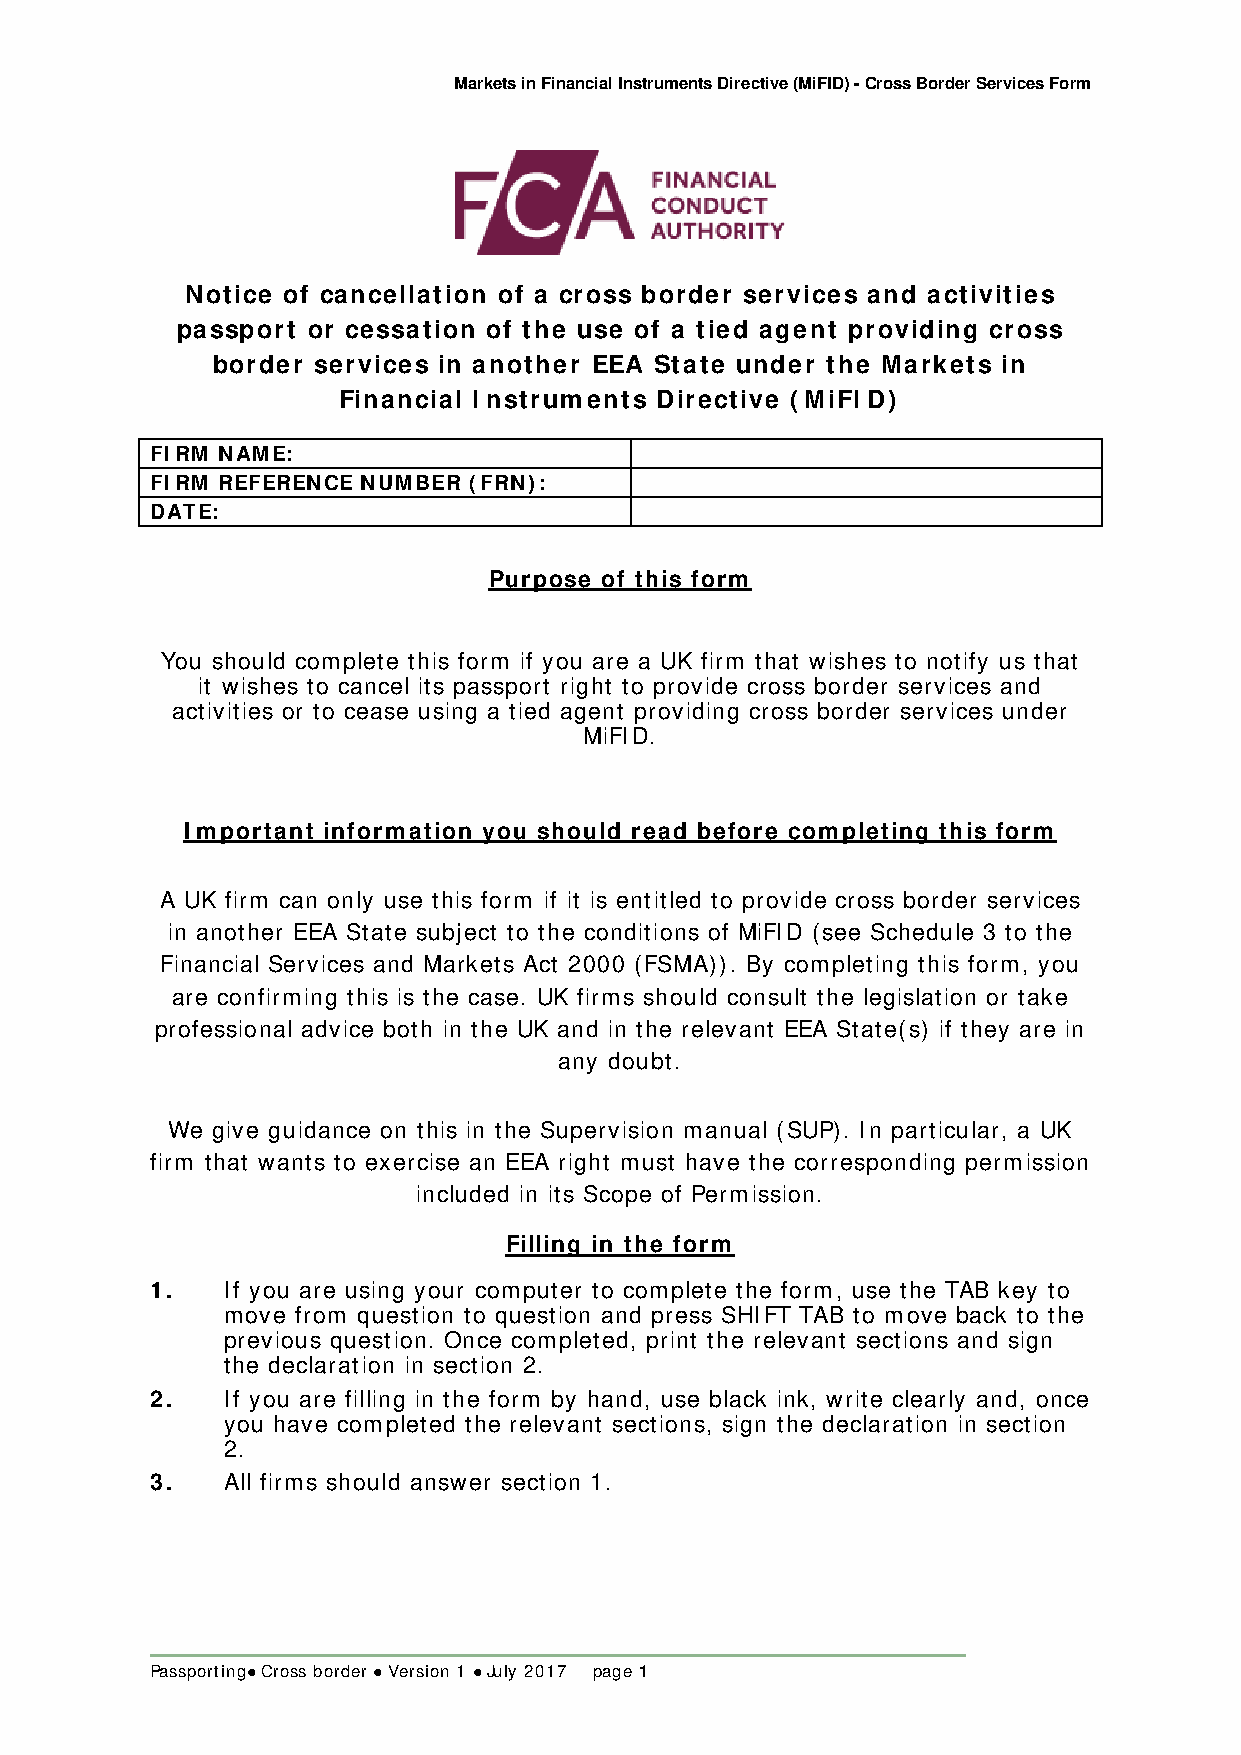
Markets in Financial Instruments Directive (MiFID) - Cross Border Services Form
 Notice of cancellation of a cross border services and activities
 passport or cessation of the use of a tied agent providing cross
 border services in another EEA State under the Markets in
 Financial I nstruments Directive (MiFI D)
 FIRM NAME:
 FIRM REFERENCE NUMBER (FRN):
 DATE:
 Purpose of this form
 You should complete this form if you are a UK firm that wishes to notify us that
 it wishes to cancel its passport right to provide cross border services and
 activities or to cease using a tied agent providing cross border services under
 MiFID.
 Important information you should read before completing this form
 A UK firm can only use this form if it is entitled to provide cross border services
 in another EEA State subject to the conditions of MiFID (see Schedule 3 to the
 Financial Services and Markets Act 2000 (FSMA)). By completing this form, you
 are confirming this is the case. UK firms should consult the legislation or take
 professional advice both in the UK and in the relevant EEA State(s) if they are in
 any doubt.
 We give guidance on this in the Supervision manual (SUP). In particular, a UK
 firm that wants to exercise an EEA right must have the corresponding permission
 included in its Scope of Permission.
 Filling in the form
 1.   If you are using your computer to complete the form, use the TAB key to
 move from question to question and press SHIFT TAB to move back to the
 previous question. Once completed, print the relevant sections and sign
 the declaration in section 2.
 2.   If you are filling in the form by hand, use black ink, write clearly and, once
 you have completed the relevant sections, sign the declaration in section
 2.
 3.   All firms should answer section 1.
 Passporting Cross border  Version 1  July 2017 page 1